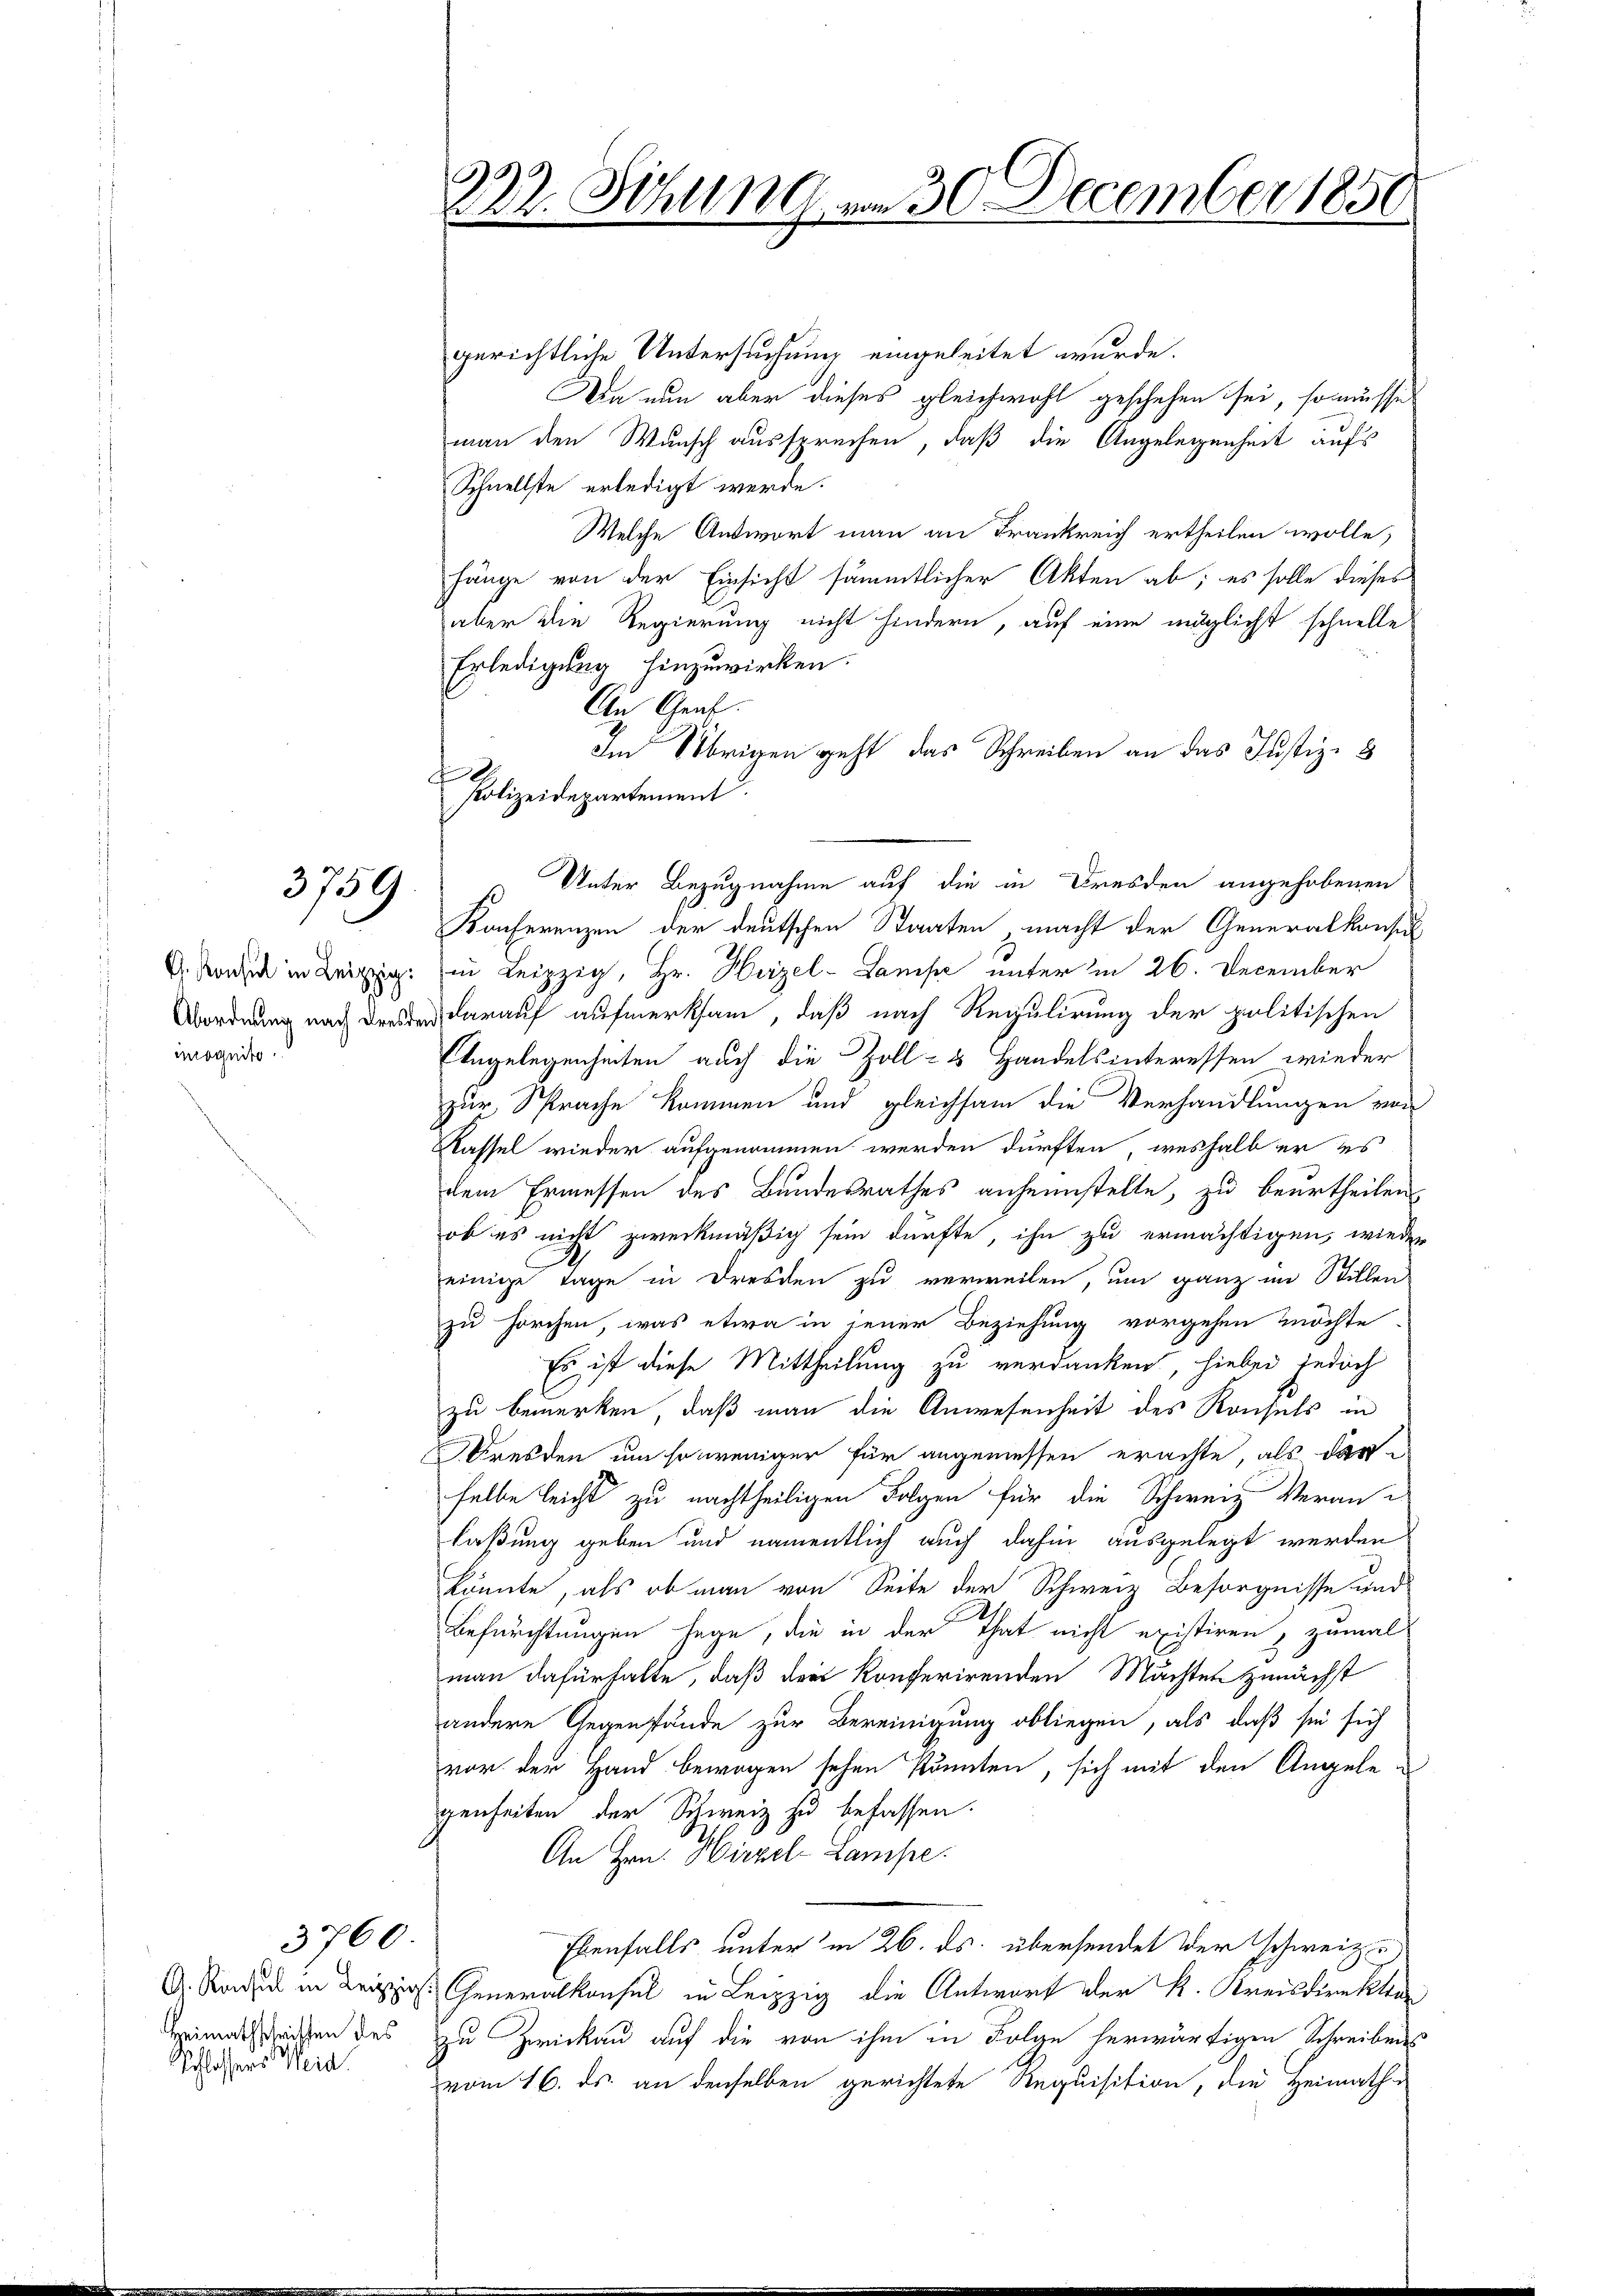
3759

G. Konsul in Leipzig.
Abordnung nach Dresden
mognito

Schlossers Weia

3760.

1
22. Schlin am 30. December 1850

Im Übrigen geht das Schreiben an das Justiz- &
f
Unter Bezugnahme auf die in Dresden angehobenen
Konferenzen der deutschen Staaten, macht der Generalkonsul

gerichtliche Untersuchung eingeleitet wurde.
Da nun aber dieses gleichwohl geschehen sei, so müsse
man den Wunsch aussprechen, daß die Angelegenheit aufs
Schnellste erledigt werde.
Welche Antwort man an Frankreich ertheilen wolle,
hänge von der Einsicht sämmtlicher Akten ab; es solle dieses
aber die Regierung nicht hindern, auf eine möglicht schnelle
Erledigung hinzuwirken.
An Grab.
in Leipzig, Hr. Herzel-Lampe unter in 26. December
darauf aufmerksam, daß nach Regulirung der politischen
Engelegenheiten auch die Zoll- & Handelsinteressen wieder
zur Sprache kommen und gleichsam die Verhandlungen von
Kassel wieder aufgenommen werden dürften, weshalb er des
dem Ermessen des Bundesrathes anheimstelle, zu beurtheilen
ob es nicht zweckmäßig sein dürfte, ihn zu ermächtigen, wieder
A
einige Tage in Dresden zu verweilen, um ganz im Stillen
zu forchen, was etwa in jener Beziehung vorgehen möchte,
Es ist diese Mittheilung zu verdanken, hiebei jedoch
zu bemerken, daß man die Anwesenheit des Konsuls ein
resden um so weniger für angemessen erachte, als darselbe leicht zu nachtheiligen Folgen für die Schweiz. Veran-
laßung geben und namentlich auch dahin ausgelegt werden
könnte, als ob man von Seite der Schweiz Besorgnisse und
Befürchtungen sage, die in der That nicht existiren, zumal
man dafürhalte, daß der Konferirenden Machten zunächst
andere Gegenstände zur Bereinigung obliegen, als daß sie sich
vor der Hand bewogen sehen könnten, sich mit den Angelegenheiten der Schweiz zu befassen.
An Hrn. Hirzel-Lampe
Ebenfalls unter in 26. ds. übersendet der schweizer
 Generalkonsul in Leipzig die Antwort der K. Kreisdirektor
Areimatstreichen des zu Zwickau auf die von ihm in Folge herwärtigen Schreibens
vom 16. ds. an denselben gerichtete Requisition, die Heimath-

Polizeidepartement.